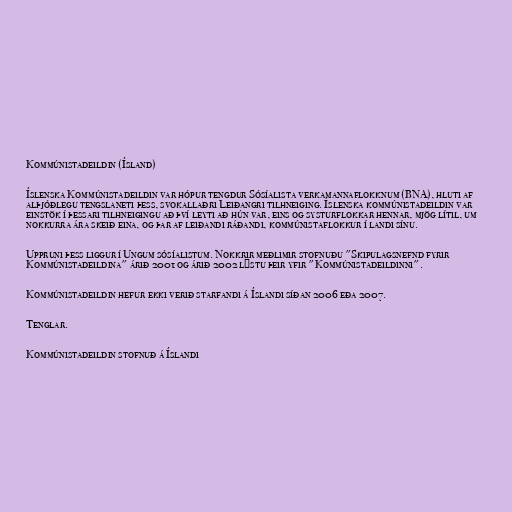
Kommúnistadeildin (Ísland)

Íslenska Kommúnistadeildin var hópur tengdur Sósíalista verkamannaflokknum (BNA), hluti af
alþjóðlegu tengslaneti þess, svokallaðri Leiðangri tilhneiging. Íslenska kommúnistadeildin var
einstök í þessari tilhneigingu að því leyti að hún var, eins og systurflokkar hennar, mjög lítil, um
nokkurra ára skeið eina, og þar af leiðandi ráðandi, kommúnistaflokkur í landi sínu.

Uppruni þess liggur í Ungum sósíalistum. Nokkrir meðlimir stofnuðu "Skipulagsnefnd fyrir
Kommúnistadeildina" árið 2001 og árið 2002 lýstu þeir yfir "Kommúnistadeildinni".

Kommúnistadeildin hefur ekki verið starfandi á Íslandi síðan 2006 eða 2007.

Tenglar.

Kommúnistadeildin stofnuð á Íslandi